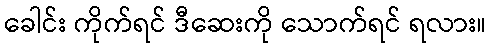
ခေါင်း ကိုက်ရင် ဒီဆေးကို သောက်ရင် ရလား။